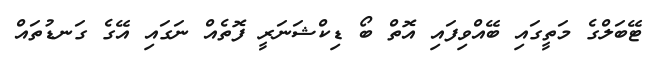
ޓޭބަލްގެ މަތީގައި ބޭއްވިފައި އޮތް ބޯ ޑިކްޝަނަރީ ފޮތެއް ނަގައި އޭޭގެ ގަނޑުތައް